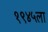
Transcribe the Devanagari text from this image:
१९४५ला